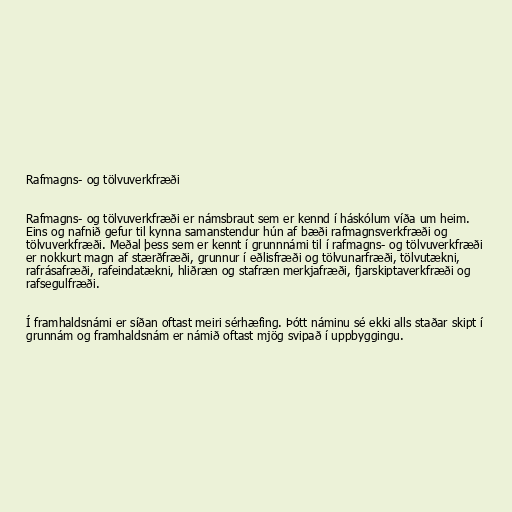
Rafmagns- og tölvuverkfræði

Rafmagns- og tölvuverkfræði er námsbraut sem er kennd í háskólum víða um heim.
Eins og nafnið gefur til kynna samanstendur hún af bæði rafmagnsverkfræði og
tölvuverkfræði. Meðal þess sem er kennt í grunnnámi til í rafmagns- og tölvuverkfræði
er nokkurt magn af stærðfræði, grunnur í eðlisfræði og tölvunarfræði, tölvutækni,
rafrásafræði, rafeindatækni, hliðræn og stafræn merkjafræði, fjarskiptaverkfræði og
rafsegulfræði.

Í framhaldsnámi er síðan oftast meiri sérhæfing. Þótt náminu sé ekki alls staðar skipt í
grunnám og framhaldsnám er námið oftast mjög svipað í uppbyggingu.